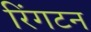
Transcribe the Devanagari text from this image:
रिंगटन